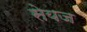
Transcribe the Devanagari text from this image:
सेयज